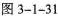
图3-1-31